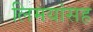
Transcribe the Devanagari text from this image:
लिमयांसह